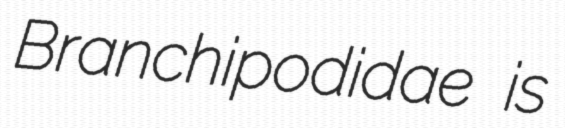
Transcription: Branchipodidae is